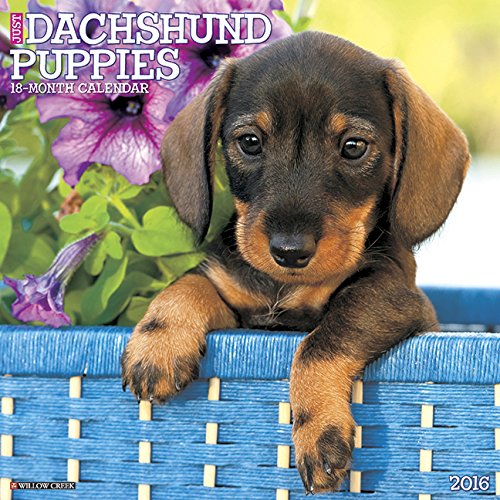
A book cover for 2016 Just Dachshund Puppies Wall Calendar; Willow Creek Press; Calendars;